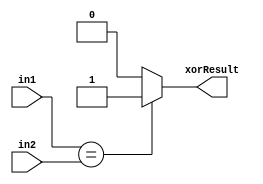
`timescale 1ns / 1ps
//////////////////////////////////////////////////////////////////////////////////
// Company: 
// Engineer: 
// 
// Design Name: 
// Module Name:    Comparator 
// Project Name: 
// Target Devices: 
// Tool versions: 
// Description: 
//
// Dependencies: 
//
// Revision: 
// Revision 0.01 - File Created
// Additional Comments: 
//
//////////////////////////////////////////////////////////////////////////////////

/*module Comparator(
    input [31:0] in1,
    input [31:0] in2,
    output zero
    );
 xor z0(out0,in1[0],in2[0]);
 xor z1(out1,in1[1],in2[1]);
 xor z2(out2,in1[2],in2[2]);
 xor z3(out3,in1[3],in2[3]);
 xor z4(out4,in1[4],in2[4]);
 xor z5(out5,in1[5],in2[5]);
 xor z6(out6,in1[6],in2[6]);
 xor z7(out7,in1[7],in2[7]);
 xor z8(out8,in1[8],in2[8]);
 xor z9(out9,in1[9],in2[9]);
 xor z10(out10,in1[10],in2[10]);
 xor z11(out11,in1[11],in2[11]);
 xor z12(out12,in1[12],in2[12]);
 xor z13(out13,in1[13],in2[13]);
 xor z14(out14,in1[14],in2[14]);
 xor z15(out15,in1[15],in2[15]);
 xor z16(out16,in1[16],in2[16]);
 xor z17(out17,in1[17],in2[17]);
 xor z18(out18,in1[18],in2[18]);
 xor z19(out19,in1[19],in2[19]);
 xor z20(out20,in1[20],in2[20]);
 xor z21(out21,in1[21],in2[21]);
 xor z22(out22,in1[22],in2[22]);
 xor z23(out23,in1[23],in2[23]);
 xor z24(out24,in1[24],in2[24]);
 xor z25(out25,in1[25],in2[25]);
 xor z26(out26,in1[26],in2[26]);
 xor z27(out27,in1[27],in2[27]);
 xor z28(out28,in1[28],in2[28]);
 xor z29(out29,in1[29],in2[29]);
 xor z30(out30,in1[30],in2[30]);
 xor z31(out31,in1[31],in2[31]);
	or r1(OUT1,out1,out2);
	or r2(OUT2,out3,OUT1);
	or r3(OUT3,out4,OUT2);
	or r4(OUT4,out5,OUT3);
	or r5(OUT5,out6,OUT4);
	or r6(OUT6,out7,OUT5);
	or r7(OUT7,out8,OUT6);
	or r8(OUT8,out9,OUT7);
	or r9(OUT9,out10,OUT8);
	or r10(OUT10,out11,OUT9);
	or r11(OUt11,out12,OUT10);
	or r12(OUT12,out13,OUT11);
	or r13(OUT13,out14,OUT12);
	or r14(OUT14,out15,OUT13);
	or r15(OUT15,out16,OUT14);
	or r16(OUT16,out17,OUT15);
	or r17(OUT17,out18,OUT16);
	or r18(OUT18,out19,OUT17);
	or r19(OUT19,out20,OUT18);
	or r20(OUT20,out21,OUT19);
	or r21(OUT21,out22,OUT20);
	or r22(OUT22,out23,OUT21);
	or r23(OUT23,out24,OUT22);
	or r24(OUT24,out25,OUT23);
	or r25(OUT25,out26,OUT24);
	or r26(OUT26,out27,OUT25);
	or r27(OUT27,out28,OUT26);
	or r28(OUT28,out29,OUT27);
	or r29(OUT29,out30,OUT28);
	or r30(zero,out31,OUT29);
endmodule
*/
module Comparator(
    input [31:0] in1,
    input [31:0] in2,
    output reg xorResult
    );
always@(in1 or in2)
begin
	if(in1==in2)
	begin
 	xorResult=1'b1;
	end
	else
	begin
	xorResult=1'b0;
	end
 end 
endmodule